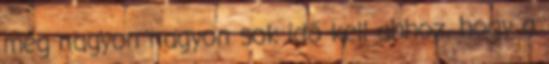
még nagyon nagyon sok idő kell ahhoz, hogy a